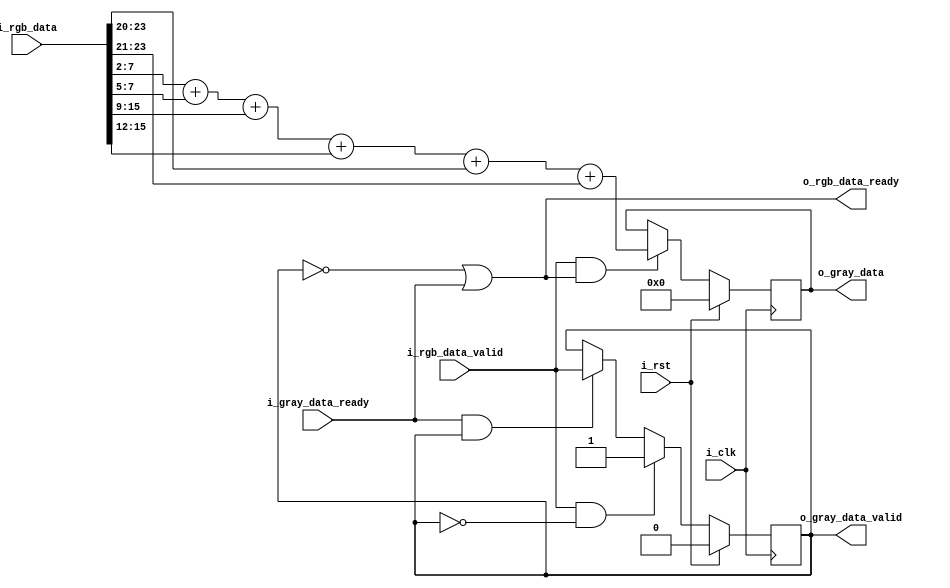
`timescale 1ns / 1ps
//////////////////////////////////////////////////////////////////////////////////
// Company: 
// Engineer: 
// 
// Design Name: 
// Module Name: rgb2gray
// Project Name: 
// Target Devices: 
// Tool Versions: 
// Description: 
// 
// Dependencies: 
// 
// Revision:
// Revision 0.01 - File Created
// Additional Comments:
// 
//////////////////////////////////////////////////////////////////////////////////


module rgb2gray(
 input i_clk,
 input i_rst,
 
 //upstream
 input i_rgb_data_valid,
 input [23:0]i_rgb_data,
 output o_rgb_data_ready,
 
 //downstream
 output o_gray_data_valid,
 output reg [7:0]o_gray_data,
 input i_gray_data_ready
 
    );
    
 wire [7:0]R_component, G_component, B_component;
 reg valid_data;
 
 assign R_component =  i_rgb_data[7:0];
 assign G_component =  i_rgb_data[15:8];
 assign B_component =  i_rgb_data[23:16];
    
 always @(posedge i_clk)
 begin
    if(i_rst)
    begin
        o_gray_data <= 0;
    end
    else
    begin
        if(i_rgb_data_valid & o_rgb_data_ready)
        begin
            o_gray_data <= (R_component>>2)+(R_component>>5)+(G_component>>1)+(G_component>>4)+(B_component>>4)+(B_component>>5);
        end
    end
 end   
 
 always @(posedge i_clk)
 begin
    if(i_rst)
        valid_data <= 0;
    else if(i_rgb_data_valid & !valid_data)
        valid_data <= 1;
    else if(i_gray_data_ready & valid_data)
        valid_data <= i_rgb_data_valid;    
 end
 
 assign o_rgb_data_ready = ~valid_data | i_gray_data_ready ;
 assign o_gray_data_valid = valid_data; 
    
endmodule